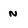
Character: n